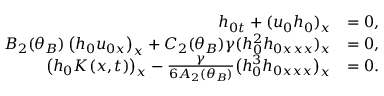
\begin{array} { r l } { h _ { 0 t } + ( u _ { 0 } h _ { 0 } ) _ { x } } & { = 0 , } \\ { B _ { 2 } ( \theta _ { B } ) \left( h _ { 0 } u _ { 0 x } \right) _ { x } + C _ { 2 } ( \theta _ { B } ) \gamma ( h _ { 0 } ^ { 2 } h _ { 0 x x x } ) _ { x } } & { = 0 , } \\ { \big ( h _ { 0 } K ( x , t ) \big ) _ { x } - \frac { \gamma } { 6 A _ { 2 } ( \theta _ { B } ) } \big ( h _ { 0 } ^ { 3 } h _ { 0 x x x } \big ) _ { x } } & { = 0 . } \end{array}